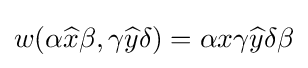
w(\alpha {\widehat {x}}\beta ,\gamma {\widehat {y}}\delta )=\alpha x\gamma {\widehat {y}}\delta \beta